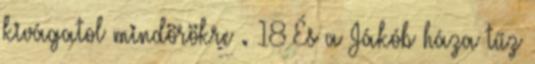
kivágatol mindörökre . 18 És a Jákób háza tűz